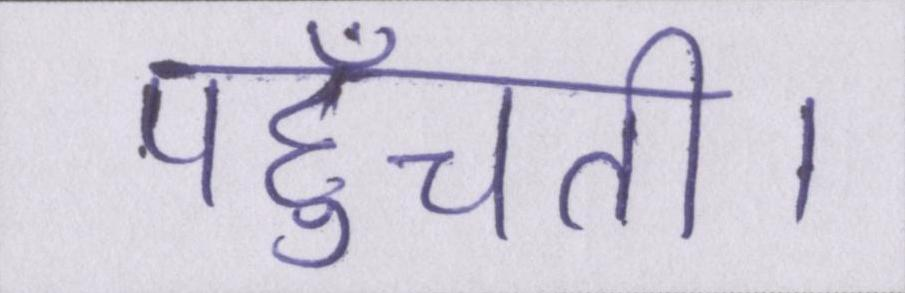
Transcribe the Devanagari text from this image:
पहुँचती।